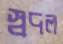
স্বদল